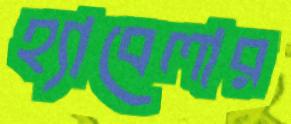
হ্যাবেলার